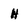
Character: H